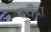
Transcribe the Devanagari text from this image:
दरौंदा